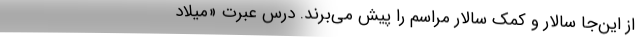
از این‌جا سالار و کمک سالار مراسم را پیش می‌برند. درس عبرت «میلاد